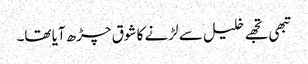
تبھی تجھے خلیل سے لڑنے کا شوق چڑھ آیا تھا۔